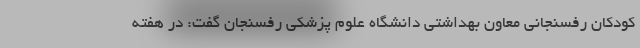
کودکان رفسنجانی معاون بهداشتی دانشگاه علوم پزشکی رفسنجان گفت: در هفته